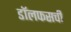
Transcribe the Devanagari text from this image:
डॉलफसची